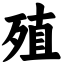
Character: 殖